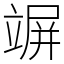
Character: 竮